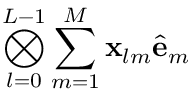
\bigotimes _ { l = 0 } ^ { L - 1 } \sum _ { m = 1 } ^ { M } \mathbf { x } _ { l m } \hat { \mathbf { e } } _ { m }